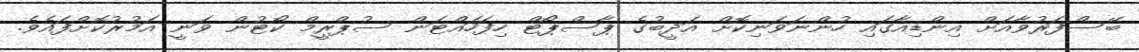
ބޭސްފަރުވާއަށް އިންޑިއާގައި ހުންނަވަނިކޮށް އަދީބުގެ ޕާސްޕޯޓް ހިފަހައްޓަން ސުޕްރީމް ކޯޓުން ވަނީ އަމުރުކޮށްފައެވެ.